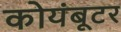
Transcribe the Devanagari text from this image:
कोयंबूटर